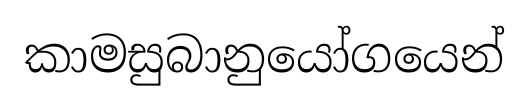
කාමසුබානුයෝගයෙන්